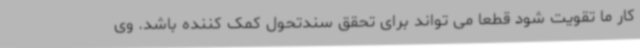
کار ما تقویت شود قطعا می تواند برای تحقق سندتحول کمک کننده باشد. وی